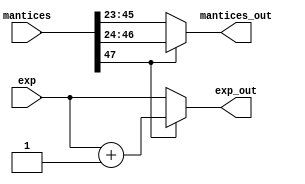
module Normalizer(exp, mantices, exp_out, mantices_out);
    input [7:0] exp;
    input [47:0] mantices;
    output [7:0] exp_out;
    output [22:0] mantices_out;
    assign mantices_out = mantices[47] ? mantices[46:24] : mantices[45:23];
    assign exp_out = mantices[47] ? exp + 1'b1 : exp;
endmodule